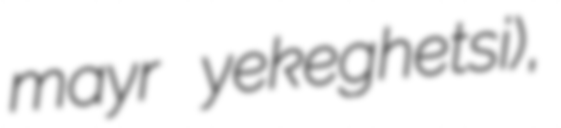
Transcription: mayr yekeghetsi),